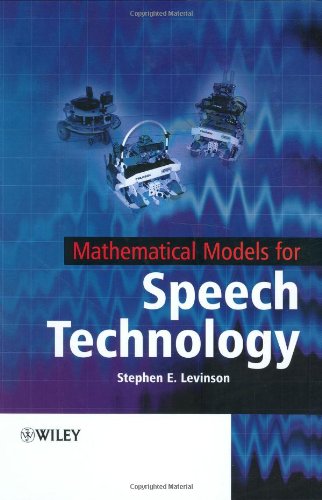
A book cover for Mathematical Models for Speech Technology; Stephen Levinson; Computers & Technology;